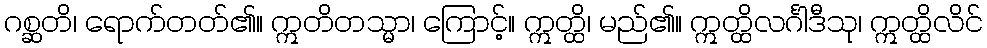
ဂစ္ဆတိ၊ ရောက်တတ်၏။ ဣတိတသ္မာ၊ ကြောင့်။ ဣတ္ထိ၊ မည်၏။ ဣတ္ထိလင်္ဂါဒီသု၊ ဣတ္ထိလိင်